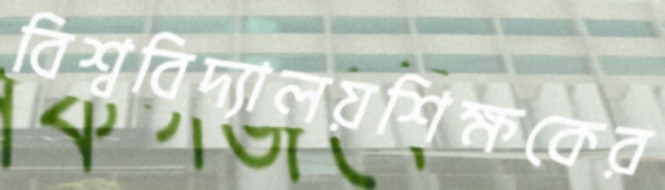
বিশ্ববিদ্যালয়শিক্ষকের